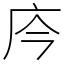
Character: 庈